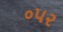
૦૫૨